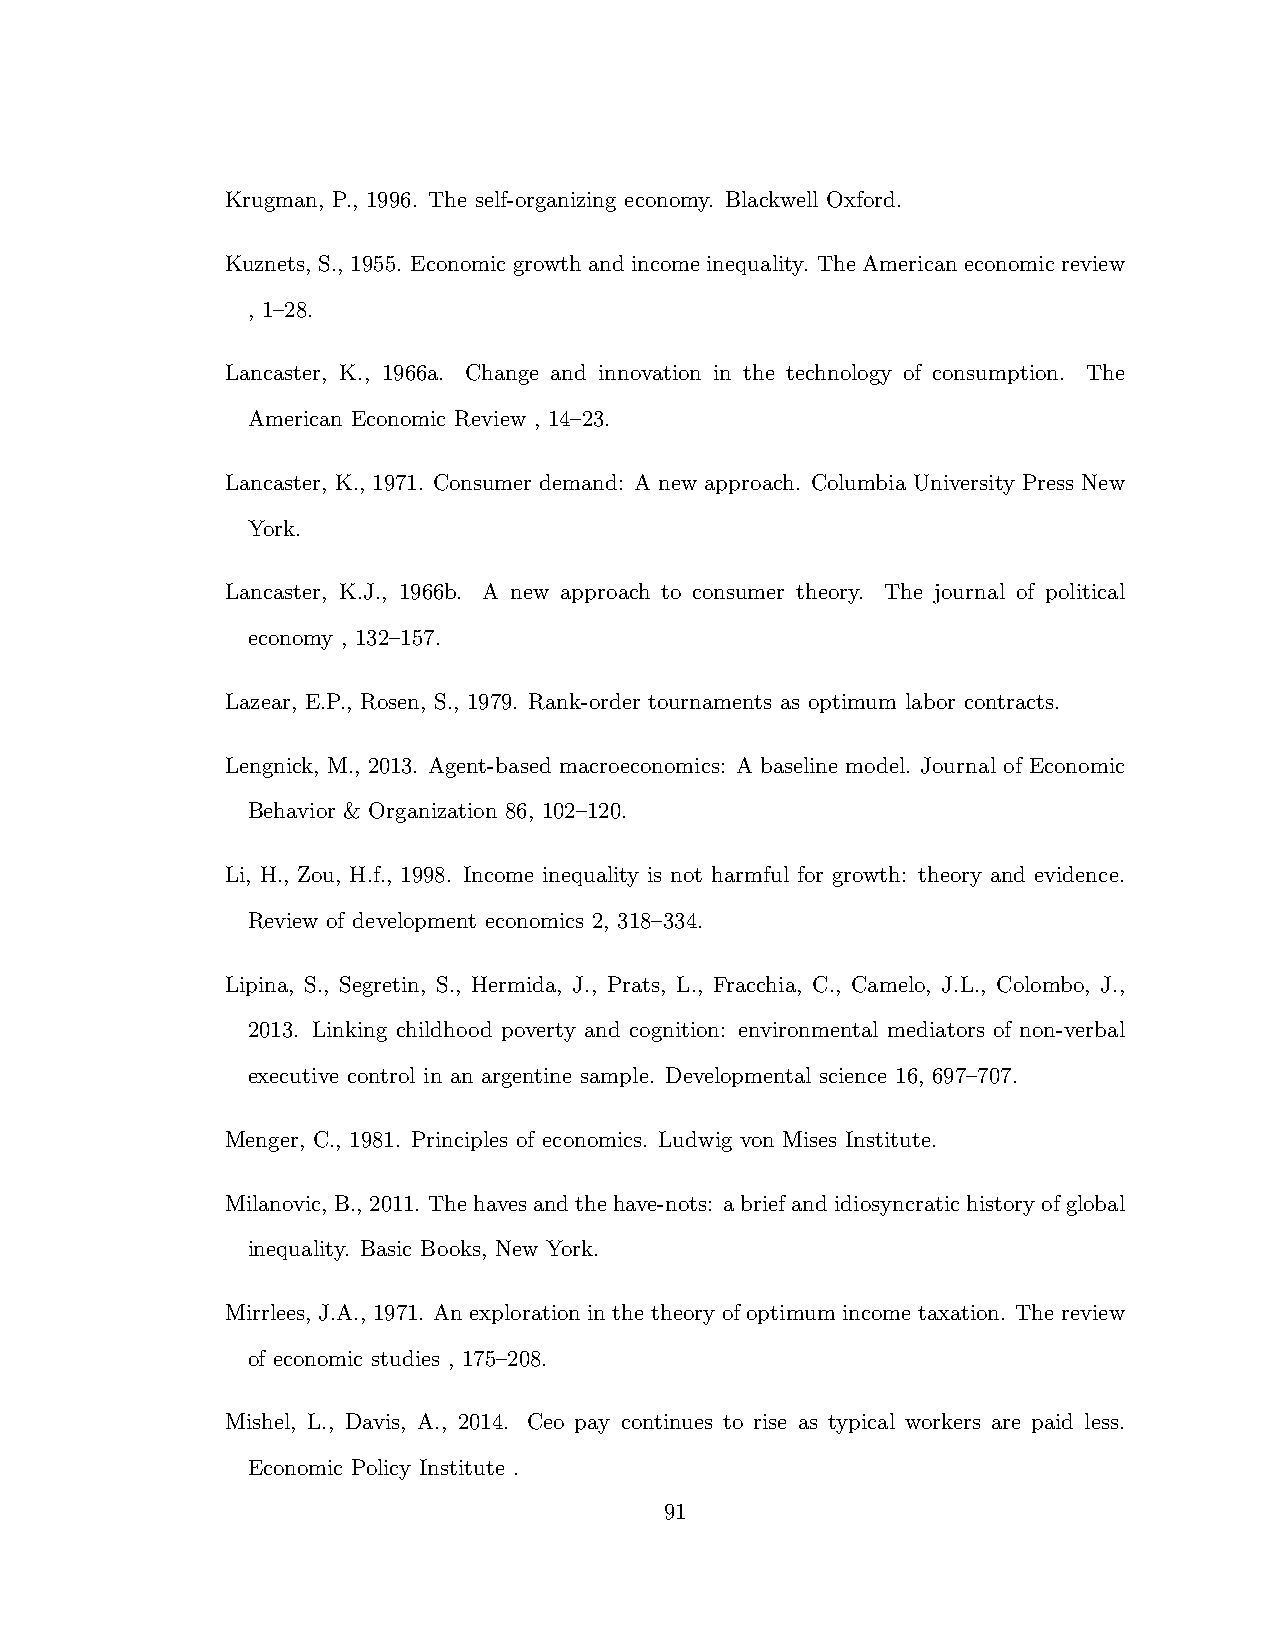
Krugman, P., 1996. The self-organizing economy. Blackwell Oxford.
 Kuznets, S., 1955. Economic growth and income inequality. The American economic review
 , 1–28.
 Lancaster, K., 1966a. Change and innovation in the technology of consumption. The
 American Economic Review , 14–23.
 Lancaster, K., 1971. Consumer demand: A new approach. Columbia University Press New
 York.
 Lancaster, K.J., 1966b. A new approach to consumer theory. The journal of political
 economy , 132–157.
 Lazear, E.P., Rosen, S., 1979. Rank-order tournaments as optimum labor contracts.
 Lengnick, M., 2013. Agent-based macroeconomics: A baseline model. Journal of Economic
 Behavior & Organization 86, 102–120.
 Li, H., Zou, H.f., 1998. Income inequality is not harmful for growth: theory and evidence.
 Review of development economics 2, 318–334.
 Lipina, S., Segretin, S., Hermida, J., Prats, L., Fracchia, C., Camelo, J.L., Colombo, J.,
 2013. Linking childhood poverty and cognition: environmental mediators of non-verbal
 executive control in an argentine sample. Developmental science 16, 697–707.
 Menger, C., 1981. Principles of economics. Ludwig von Mises Institute.
 Milanovic, B., 2011. Thehavesandthehave-nots: abriefandidiosyncratichistoryofglobal
 inequality. Basic Books, New York.
 Mirrlees, J.A., 1971. An exploration in the theory of optimum income taxation. The review
 of economic studies , 175–208.
 Mishel, L., Davis, A., 2014. Ceo pay continues to rise as typical workers are paid less.
 Economic Policy Institute .
 91